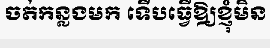
ចត់កន្លងមក ទើបធ្វើឱ្យខ្ញុំមិន